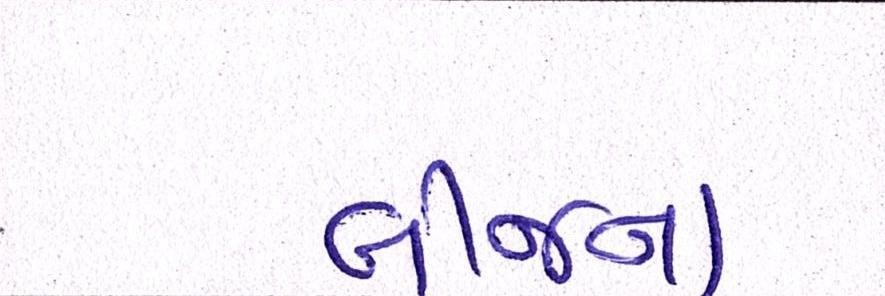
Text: બીજના